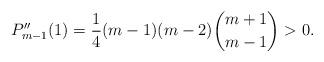
LaTeX: \begin{align*}P_{m-1}''(1)=\frac{1}{4} (m-1)(m-2){m+1\atopwithdelims()m-1}>0.\end{align*}